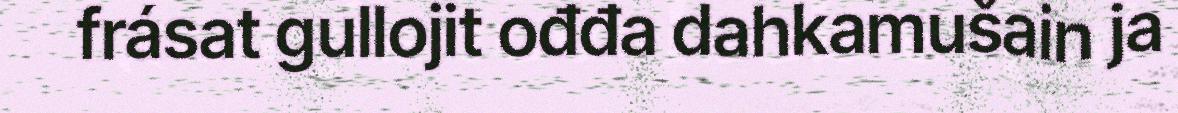
frásat gullojit ođđa dahkamušain ja